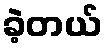
ခဲ့တယ်